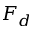
F _ { d }